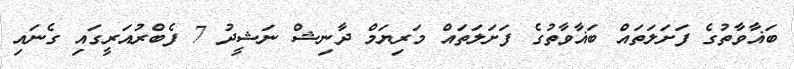
ބަޣާވާތުގެ ފަށަލަތައް ބަޣާވާތުގެ ފަށަލަތައް މަރިޔަމް ދާނިޝް ނަޝީދު 7 ފެބްރުއަރީގައި ގެނައި